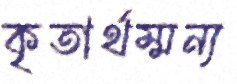
কৃতার্থম্মন্য